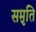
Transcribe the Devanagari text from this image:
सम़ृति